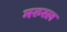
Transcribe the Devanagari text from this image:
मरुस्ल